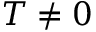
T \neq 0